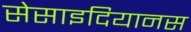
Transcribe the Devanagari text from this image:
सेसाइदियानस